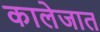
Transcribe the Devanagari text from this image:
कालेजात